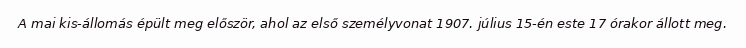
A mai kis-állomás épült meg először, ahol az első személyvonat 1907. július 15-én este 17 órakor állott meg.